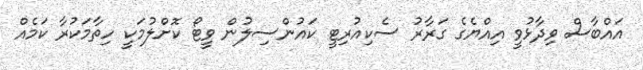
އައްބާސް ވިދާޅުވީ އިއްޔެގެ ގަރާރު ސެކިއުރިޓީ ކައުންސިލުން ވީޓޯ ކޮށްލުމަކީ ހިތާމަކުރާ ކަމެއް